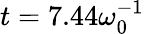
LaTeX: t=7.44\omega_{0}^{-1}